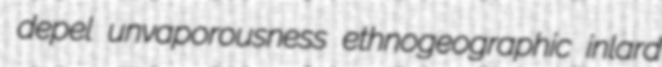
depel unvaporousness ethnogeographic inlard